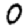
Digit: 0